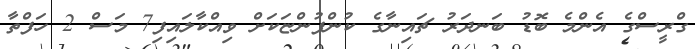
ގްރީސްގެ އެންމެ ބޮޑު ބަނދަރު ޗައިނާގެ ކުންފުންޏަކަށް ވިއްކާލައިފި7 މަސް 2 ހަފްތާ